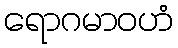
ရောဂမာဝဟံ